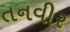
તનવીર